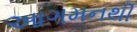
આગમનથી